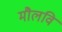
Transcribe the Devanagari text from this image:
मौलवि